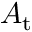
A _ { \mathrm { { t } } }